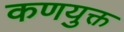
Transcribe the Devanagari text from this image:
कणयुक्त